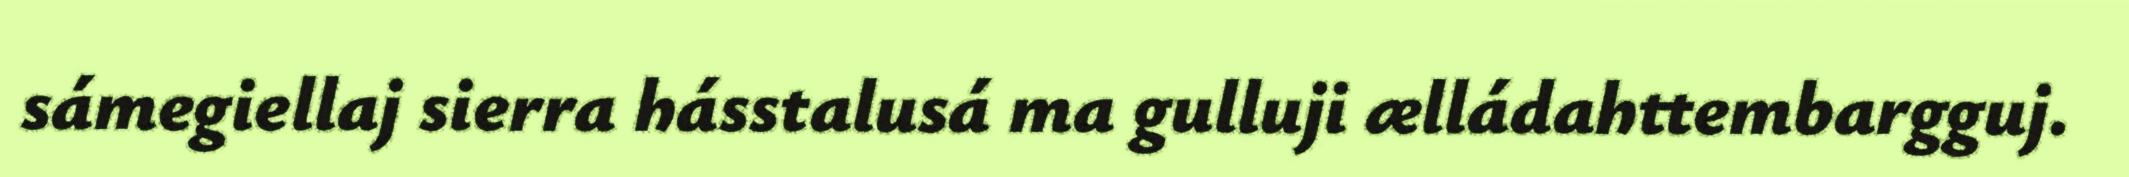
sámegiellaj sierra hásstalusá ma gulluji ælládahttembargguj.